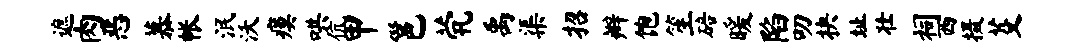
遮肉恶慕帐泯沃瘼哄伉甲邕茕禹渠招辫饱笙碚暖陷叨抉址壮祠西摄芟